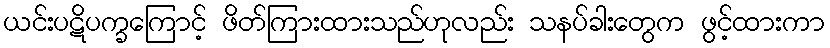
ယင်းပဋိပက္ခကြောင့် ဖိတ်ကြားထားသည်ဟုလည်း သနပ်ခါးတွေက ဖွင့်ထားကာ